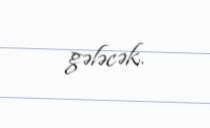
gələcək.